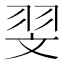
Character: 𦐐